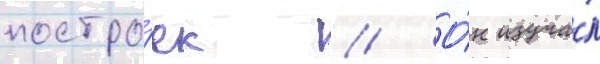
постро́ек // О́н изуча́л